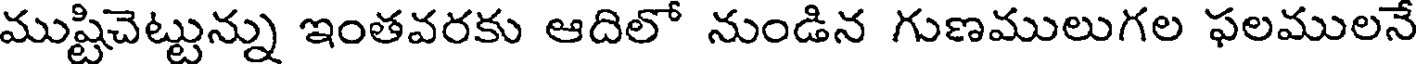
ముష్టిచెట్టున్ను ఇంతవరకు ఆదిలో నుండిన గుణములుగల ఫలములనే